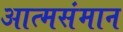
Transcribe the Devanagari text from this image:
आत्मसंमान